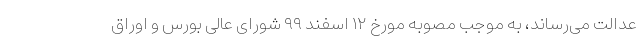
عدالت می‌رساند، به موجب مصوبه مورخ ۱۲ اسفند ۹۹ شورای عالی بورس و اوراق